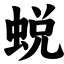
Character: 蜕